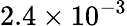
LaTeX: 2.4\times 10^{-3}